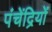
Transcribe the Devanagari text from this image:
पंचेंद्रियों